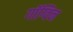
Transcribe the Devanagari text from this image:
गॉग्विन